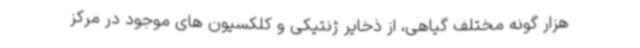
هزار گونه مختلف گیاهی، از ذخایر ژنتیکی و کلکسیون های موجود در مرکز